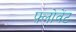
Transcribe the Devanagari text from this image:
फ़्लोवेंट